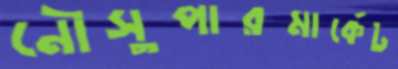
নৌসুপারমার্কেট